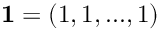
\mathbf { 1 } = ( 1 , 1 , . . . , 1 )